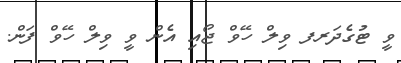
ވީ ޓުގެދަރފ ވިލް ހޭވް ޖޯއި އެން ވީ ވިލް ހޭވް ފަން.